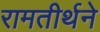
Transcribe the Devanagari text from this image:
रामतीर्थने